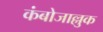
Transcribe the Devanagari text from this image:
कंबोजाल्लुक